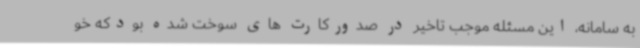
به سامانه، این مسئله موجب تاخیر در صدورکارت های سوخت شده بودکه خو